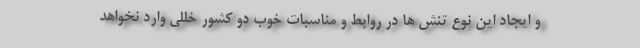
و ایجاد این نوع تنش ها در روابط و مناسبات خوب دو کشور خللی وارد نخواهد